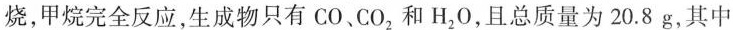
烧，甲烷完全反应，生成物只有CO、CO_{2}和H_{2}O，且总质量为20.8g，其中